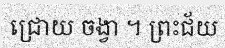
ជ្រោយ ចង្វា ។ ព្រះជ័យ